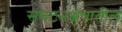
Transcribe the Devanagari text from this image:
संघटनक्षेत्रातील